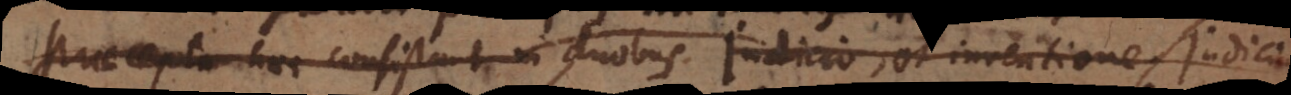
raecepta haec consistent in duobus, judicio et inventione. Judicium